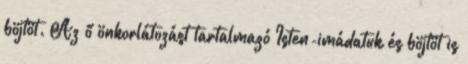
böjtöt. Az ő önkorlátozást tartalmazó Isten-imádatuk és böjtöt is